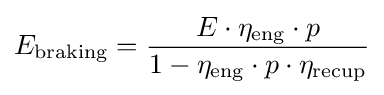
E_{\text{braking}}={\frac {E\cdot \eta _{\text{eng}}\cdot p}{1-\eta _{\text{eng}}\cdot p\cdot \eta _{\text{recup}}}}